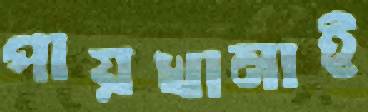
পায়খানাই